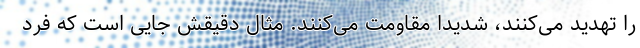
را تهدید می‌کنند، شدیداً مقاومت می‌کنند. مثال دقیقش جایی است که فرد